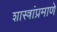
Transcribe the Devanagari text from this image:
शास्त्रांप्रमाणे